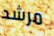
مرشد